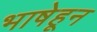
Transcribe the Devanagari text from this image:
भाषेहून